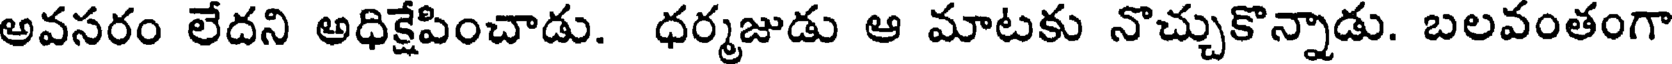
అవసరం లేదని అధిక్షేపించాడు. ధర్మజుడు ఆ మాటకు నొచ్చుకొన్నాడు. బలవంతంగా